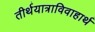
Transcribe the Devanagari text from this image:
तीर्थयात्राविवाहार्थ